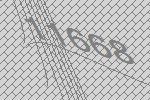
11668